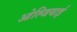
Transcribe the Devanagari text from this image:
ओल्जियाई